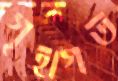
গৃহাগত